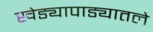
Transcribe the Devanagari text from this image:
खेड्यापाड्यातले